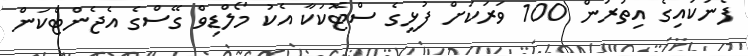
ފެނަކައިގެ އިތުރުން 100 ވަރަކަށް ފުޅީގެ ސްޓޮކަކާ އެކު މޯލްޑިވް ގޭސްގެ އެޖެންޓްކަން